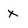
Character: X